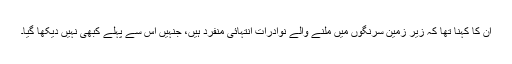
ان کا کہنا تھا کہ زیر زمین سرنگوں میں ملنے والے نوادرات انتہائی منفرد ہیں، جنہیں اس سے پہلے کبھی نہیں دیکھا گیا۔